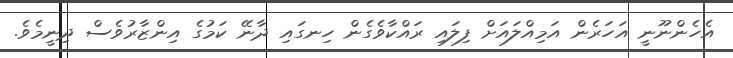
އެހެންނޫނީ އަހަރެން އަމިއްލައަށް ފިލައި ރައްކާވެގެން ހިނގައި ދާނޭ ކަމުގެ އިންޒާރުވެސް ދިނީމެވެ.